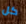
كل